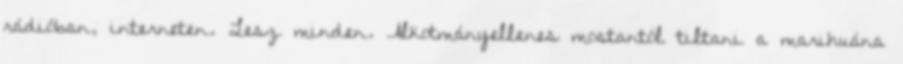
rádióban, interneten. Lesz minden. Alkotmányellenes mostantól tiltani a marihuána